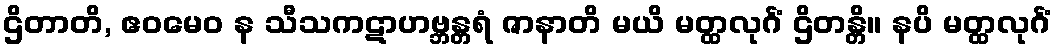
ဌိတာတိ, ဧဝမေဝ န သီသကဋာဟဗ္ဘန္တရံ ဇာနာတိ မယိ မတ္ထလုင်္ဂံ ဌိတန္တိ။ နပိ မတ္ထလုင်္ဂံ